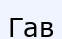
Гав